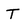
Character: T